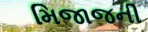
મિજાજની